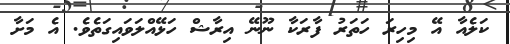
ކަލެއާ އޭ މިހިރަ ހަތަރު ފާރަކާ ނޫނޭ އިރާޝް ހަޅޭއްލަވައިގަތެވެ. އެެ މަށާ